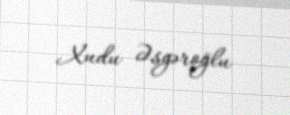
Xudu Əsgəroğlu